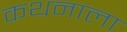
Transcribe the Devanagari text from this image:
कथनाला